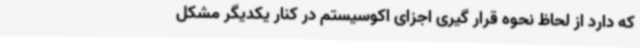
که دارد از لحاظ نحوه قرار گیری اجزای اکوسیستم در کنار یکدیگر مشکل